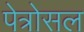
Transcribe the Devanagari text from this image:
पेत्रोसल